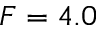
F = 4 . 0